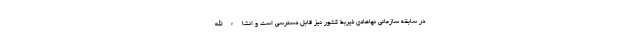
در سابقه سازمانی نهاهادی ذیربط کشور نیز قابل دسترسی است و انشاءالله